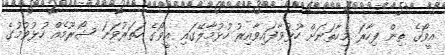
އީވޯގެ ތިން ފިހާރަ މިހާތަނަށް ހުޅުވާފައިވާއިރު ހުޅުމާލޭގައި އީވޯގެ ހަތަރުވަނަ ޝޯރޫމެއް ހުޅުވުމުގެ